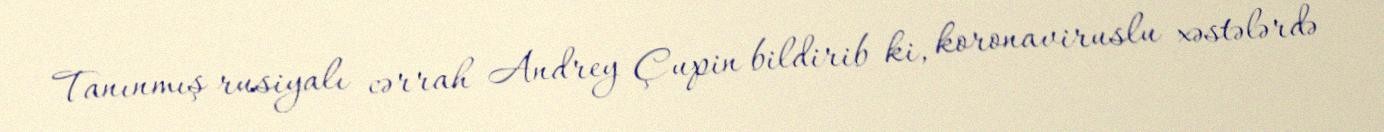
Tanınmış rusiyalı cərrah Andrey Çupin bildirib ki, koronaviruslu xəstələrdə